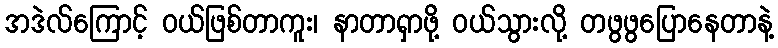
အဒဲလ်ကြောင့် ဝယ်ဖြစ်တာကူး၊ နာတာရှာဖို့ ဝယ်သွားလို့ တဖွဖွပြောနေတာနဲ့